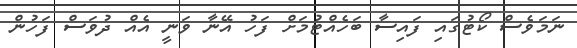
ނަމަވެސް ކޯޓުގައި ފައިސާ ބަހެއްޓުމަށް ފަހު އޭނާ ވަނީ އެއް ދުވަސް ފަހުން